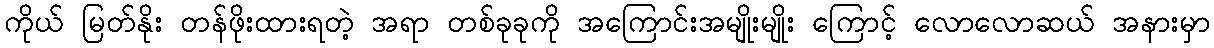
ကိုယ် မြတ်နိုး တန်ဖိုးထားရတဲ့ အရာ တစ်ခုခုကို အကြောင်းအမျိုးမျိုး ကြောင့် လောလောဆယ် အနားမှာ